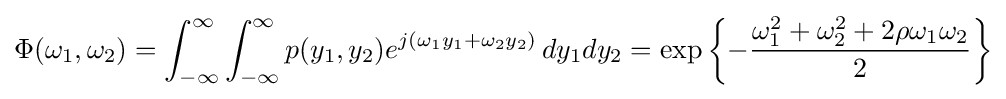
\Phi (\omega _{1},\omega _{2})=\int _{-\infty }^{\infty }\int _{-\infty }^{\infty }p(y_{1},y_{2})e^{j(\omega _{1}y_{1}+\omega _{2}y_{2})}\,dy_{1}dy_{2}=\exp \left\{-{\frac {\omega _{1}^{2}+\omega _{2}^{2}+2\rho \omega _{1}\omega _{2}}{2}}\right\}